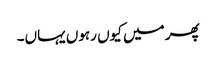
پھر میں کیوں رہوں یہاں۔